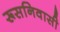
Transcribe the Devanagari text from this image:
रूसनिवासी